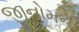
જીનોમની